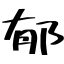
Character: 郁